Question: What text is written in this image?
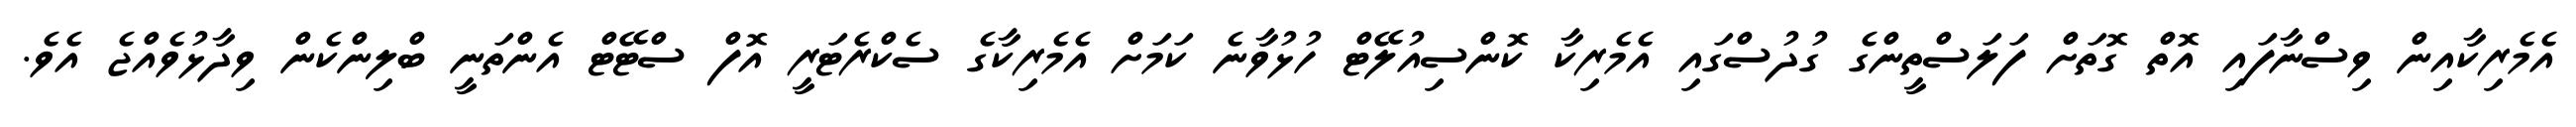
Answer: އެމެރިކާއިން ވިސްނާފައި އޮތް ގޮތަށް ފަލަސްތީންގެ ގުދުސްގައި އެމެރިކާ ކޮންސިއުލޭޓް ހުޅުވާނެ ކަމަށް އެމެރިކާގެ ސެކްރެޓަރީ އޮފް ސްޓޭޓް އެންތަނީ ބްލިންކެން ވިދާޅުވެއްޖެ އެވެ.